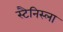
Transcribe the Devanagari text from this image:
स्टैनिस्ला